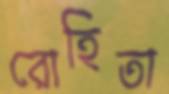
রোহিতা